65_HS1-834228961_62-HQ-83894_Section_9
Agency: FBI
Page 98
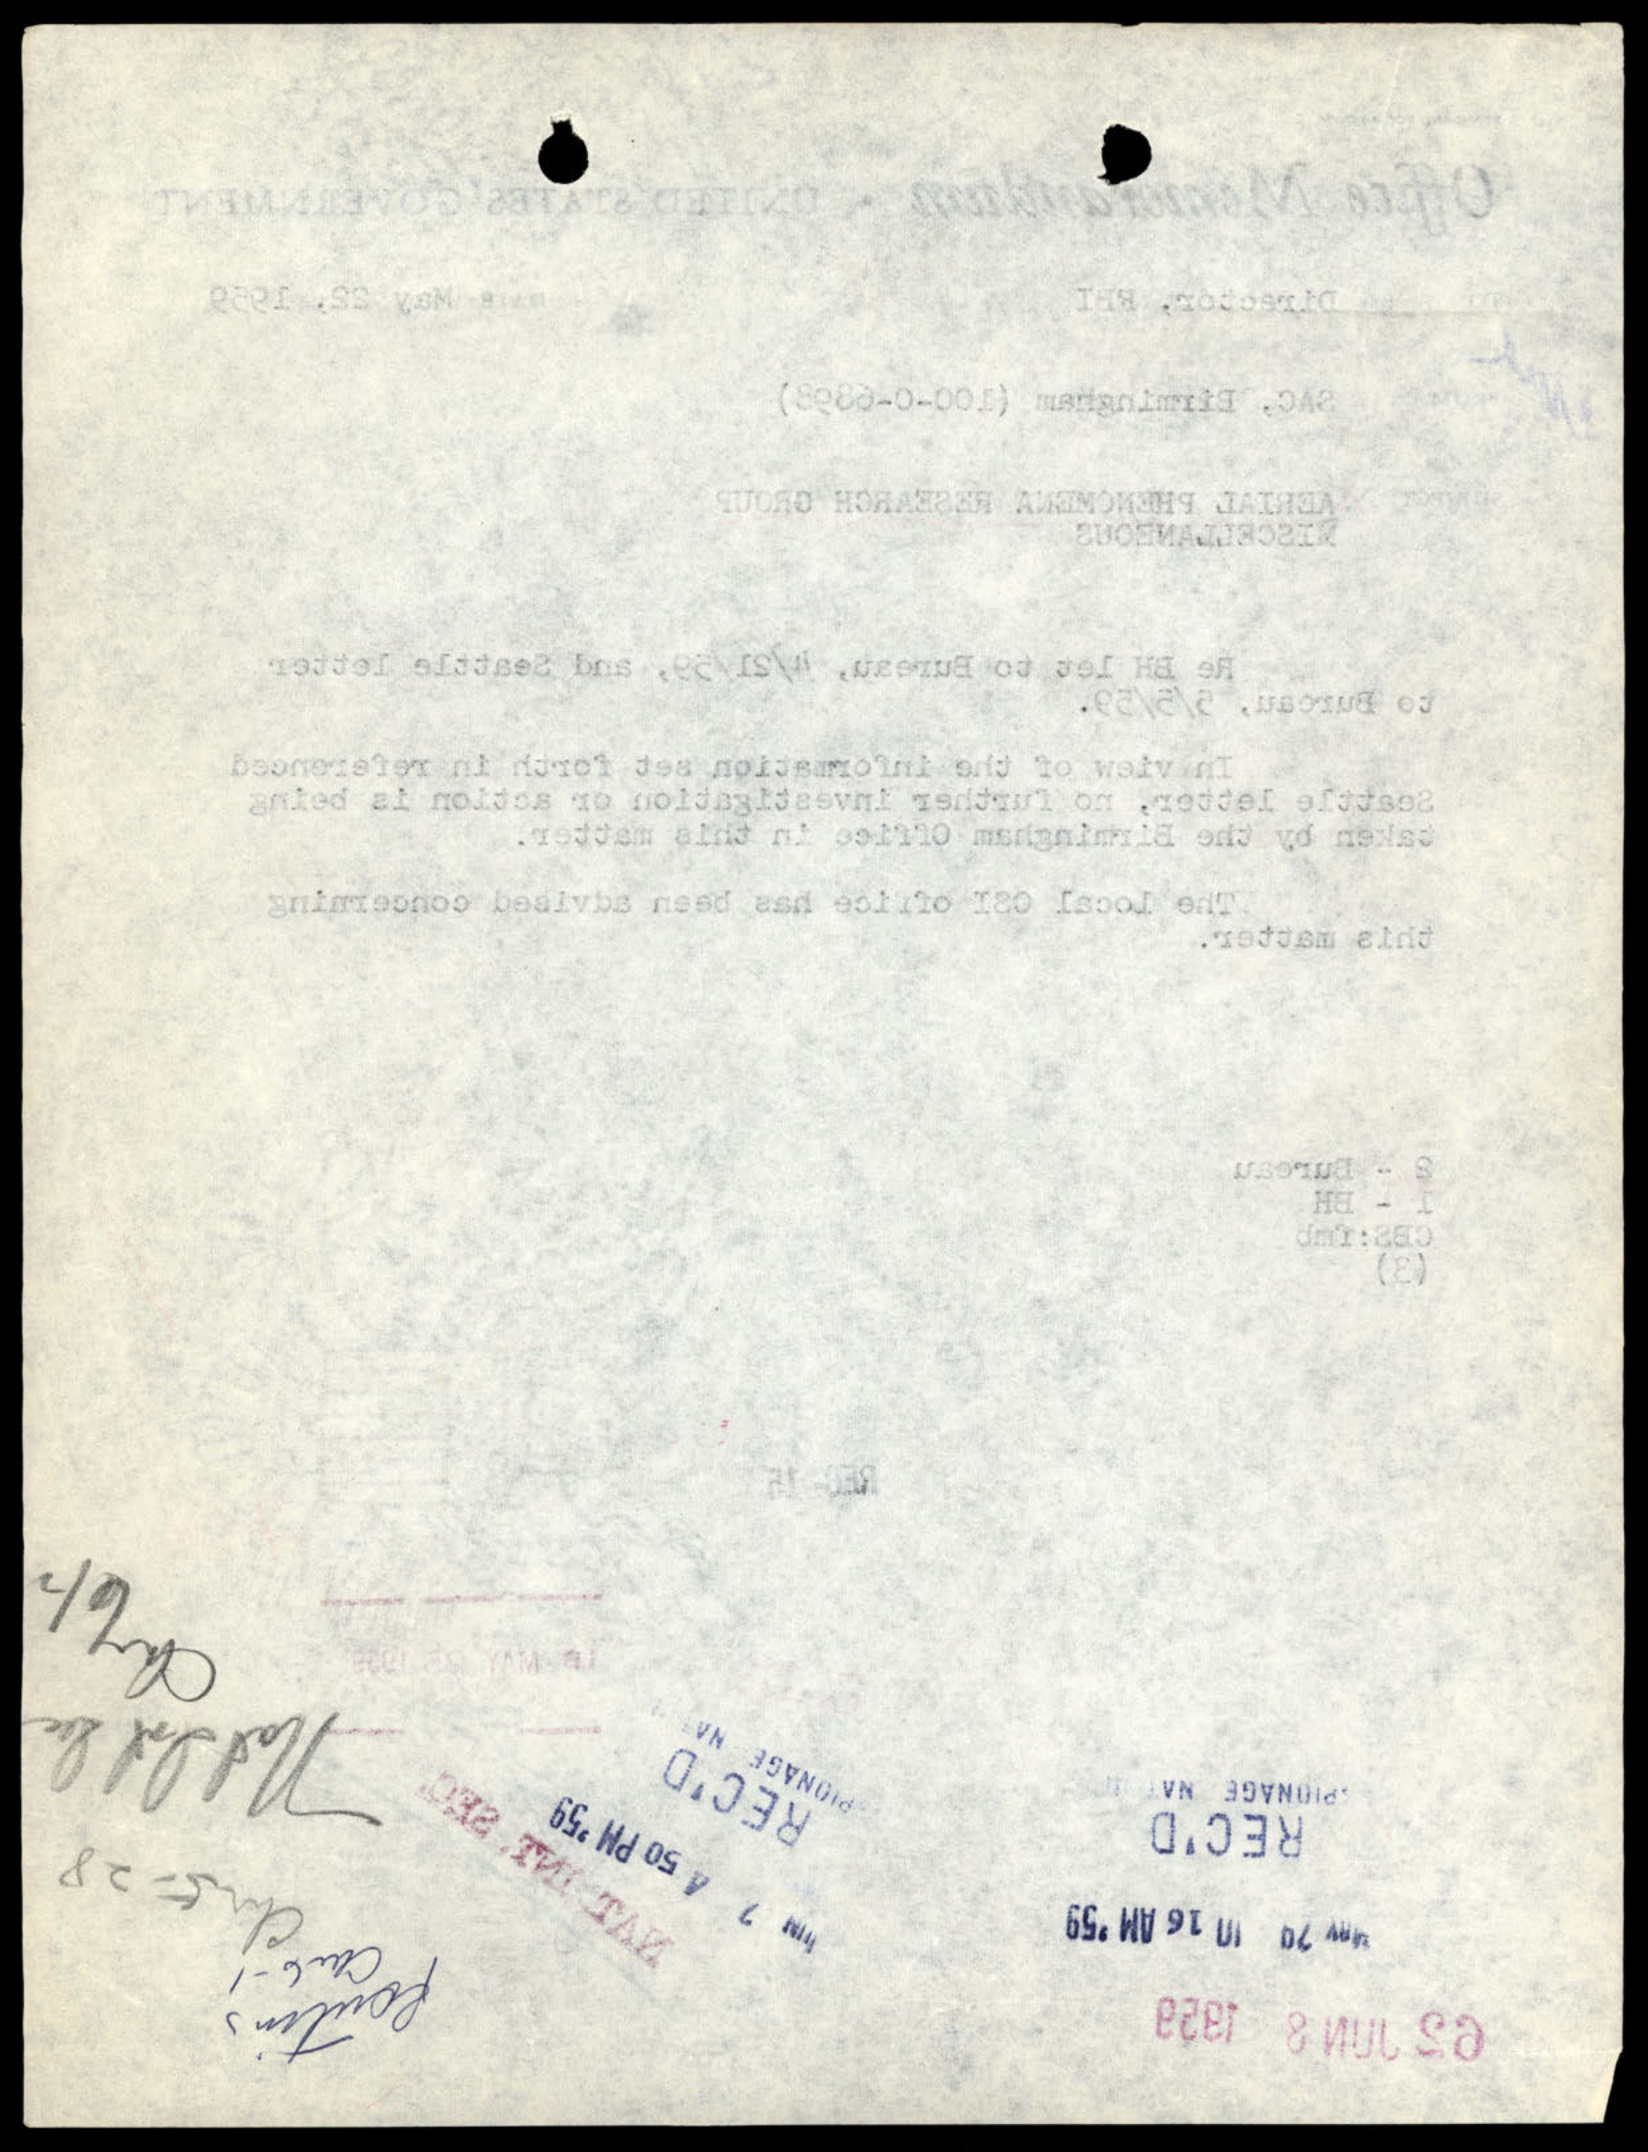